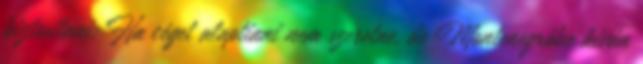
biztositani: Ha céget alaptiani nem szeretne, de Montenegróba kiván